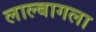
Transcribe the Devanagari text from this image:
लाल्बागला